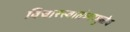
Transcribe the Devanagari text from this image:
विचारस्वातंत्र्यामुळेच